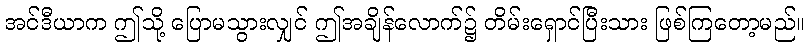
အင်ဒီယာက ဤသို့ ပြောမသွားလျှင် ဤအချိန်လောက်၌ တိမ်းရှောင်ပြီးသား ဖြစ်ကြတော့မည်။